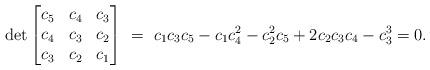
LaTeX: \begin{align*} {\rm det} \begin{bmatrix}c_5 & c_4 & c_3 \\c_4 & c_3 & c_2 \\c_3 & c_2 & c_1 \end{bmatrix} \,\, = \,\,c_1 c_3 c_5-c_1c_4^2-c_2^2 c_5+2c_2c_3 c_4-c_3^3 = 0.\end{align*}